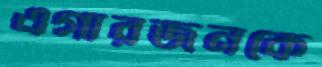
এগারজনকে